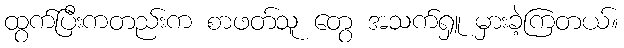
ထွက်ပြီးကတည်းက စာဖတ်သူ တွေ အသက်ရှူ မှားခဲ့ကြတယ်။